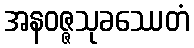
အနဝဇ္ဇသုခဿေတံ